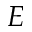
E